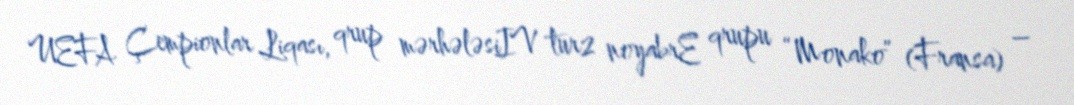
UEFA Çempionlar Liqası, qrup mərhələsiIV tur2 noyabrE qrupu “Monako” (Fransa) –